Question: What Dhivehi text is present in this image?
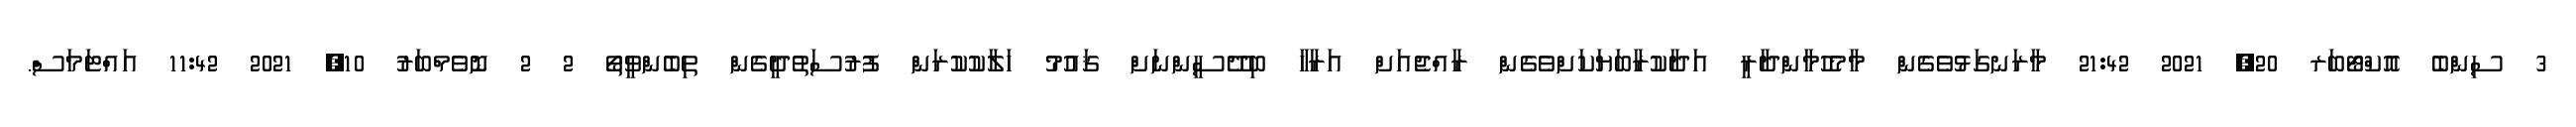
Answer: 3 ސިންބެ އޮކްޓޯބަރ 20, 2021 21:42 މާރަނގަޅުވެގެން މާމެހުމާންދާރީ އަދާކުރާބަޔަކަށްވެގެން ރާއްޖެއަށް އަރާހާ ބިދޭސީންނަށް ޤައުމު ހަލާކުކުރަން ފުރުސަތުދީގެން ތިބެންވީތޯ 2 2 ނޮވެމްބަރު 10, 2021 11:42 އައްޓަމަސް.